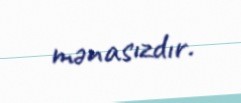
mənasızdır.